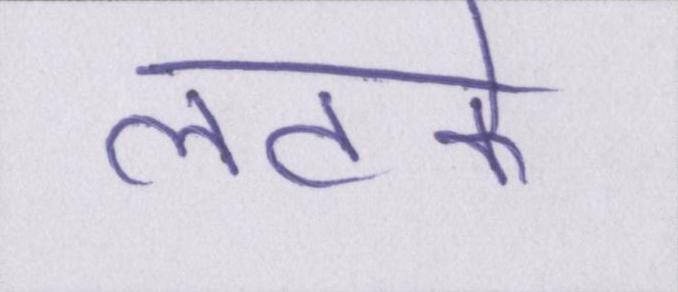
लटके